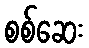
စစ်ဆေး